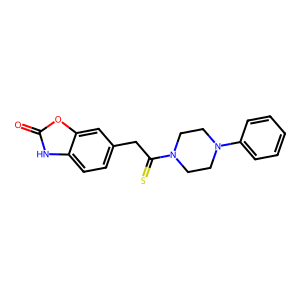
SMILES: O=c1[nH]c2ccc(CC(=S)N3CCN(c4ccccc4)CC3)cc2o1
Inhibits HIV replication: No